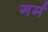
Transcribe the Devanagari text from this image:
गर्म